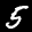
Label: 5